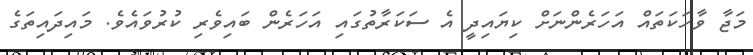
މަޖާ ވާހަކަތައް އަހަރެންނަށް ކިޔައިދީ އެ ސަކަރާތުގައި އަހަރެން ބައިވެރި ކުރުވައެވެ. މައިދައިތަގެ